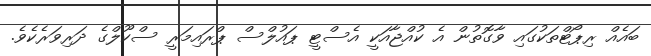
ބައެއް ރިޕޯޓްތަކުގައި ވާގޮތުން އެ ކުއްޖާއަކީ އެސްޓީ ޕައުލްސް ޕްރައިމަރީ ސްކޫލްގެ ދަރިވަރެކެވެ.